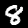
Digit: 8